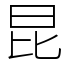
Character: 昆